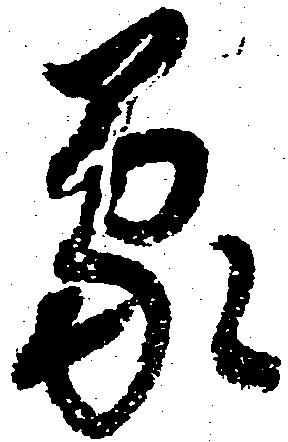
蒙